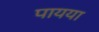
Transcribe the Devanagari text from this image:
पायया